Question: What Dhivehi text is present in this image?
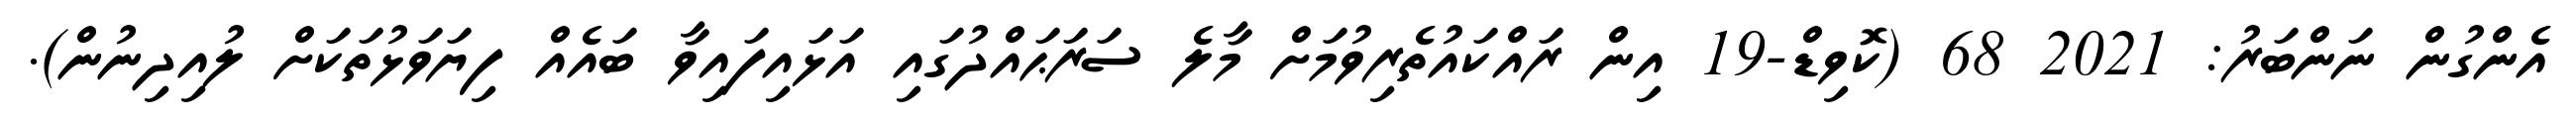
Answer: އެންގުން ނަންބަރު: 2021 68 (ކޮވިޑް-19 އިން ރައްކައުތެރިވުމަށް މާލެ ސަރަޙައްދުގައި އަޅައިފައިވާ ބައެއް ފިޔަވަޅުތަކަށް ލުއިދިނުން).